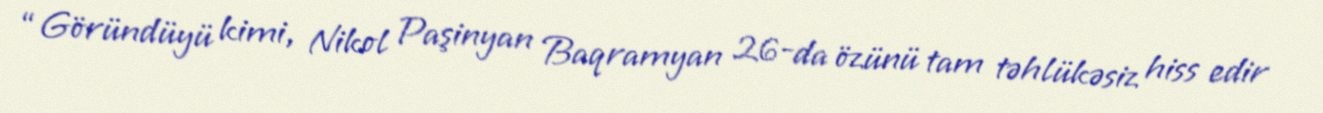
“Göründüyü kimi, Nikol Paşinyan Baqramyan 26-da özünü tam təhlükəsiz hiss edir